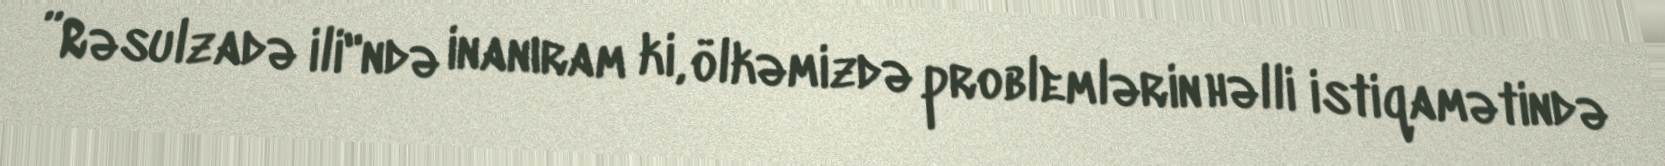
”Rəsulzadə ili"ndə inanıram ki, ölkəmizdə problemlərin həlli istiqamətində